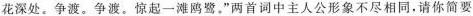
花深处。争渡。争渡。惊起一滩鸥鹭。”两首词中主人公形象不尽相同，请你简要